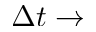
\Delta t \rightarrow